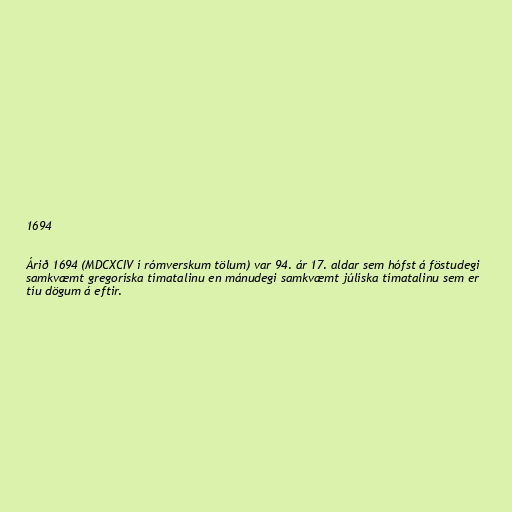
1694

Árið 1694 (MDCXCIV í rómverskum tölum) var 94. ár 17. aldar sem hófst á föstudegi
samkvæmt gregoríska tímatalinu en mánudegi samkvæmt júlíska tímatalinu sem er
tíu dögum á eftir.